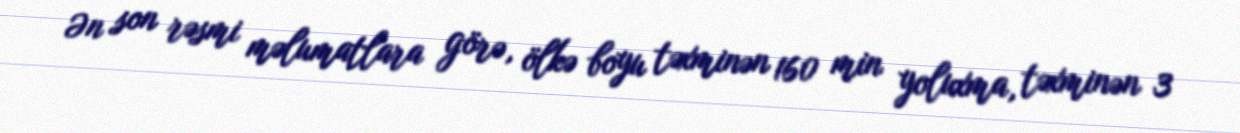
Ən son rəsmi məlumatlara görə, ölkə boyu təxminən 160 min yoluxma, təxminən 3